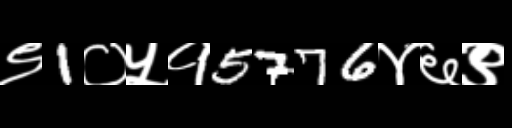
Text: ९1०५१5776४६९